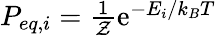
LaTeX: \begin{array}{r}{P_{eq,i}=\frac{1}{\cal Z}\mathrm{e}^{-E_{i}/k_{B}T}}\end{array}